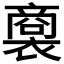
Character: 𧜟